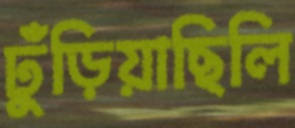
ঢুঁড়িয়াছিলি